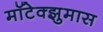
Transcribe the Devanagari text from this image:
मॉटेक्झुमास